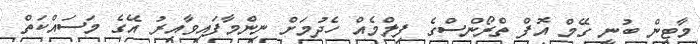
މާޓިން ބުނީ ގޭމް އޮފް ތްރޯންސްގެ ފިލްމެއް ހެދުމަށް ނިންމާފައިވާއިރު އޭގެ މަސައްކަތް